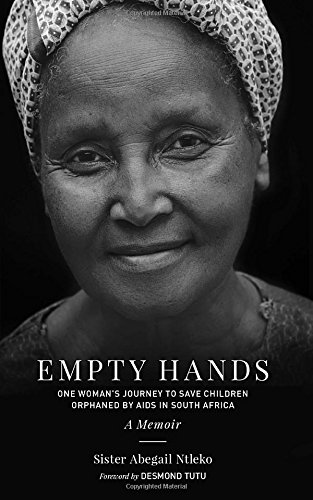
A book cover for Empty Hands, A Memoir: One Woman's Journey to Save Children Orphaned by AIDS in South Africa (Sacred Activism); Sister Abega Ntleko; Biographies & Memoirs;